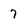
Character: 7